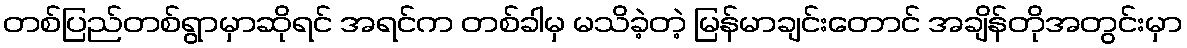
တစ်ပြည်တစ်ရွာမှာဆိုရင် အရင်က တစ်ခါမှ မသိခဲ့တဲ့ မြန်မာချင်းတောင် အချိန်တိုအတွင်းမှာ